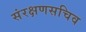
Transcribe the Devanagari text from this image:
संरक्षणसचिव